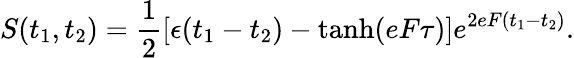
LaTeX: S(t_{1},t_{2})=\frac{1}{2}\left[\epsilon(t_{1}-t_{2})-\operatorname{tanh}(eF\tau)\right]e^{2eF(t_{1}-t_{2})}.